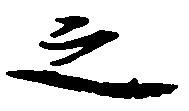
之